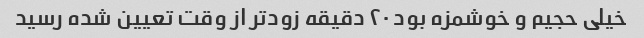
خیلی حجیم و خوشمزه بود ۲۰ دقیقه زودتر از وقت تعیین شده رسید